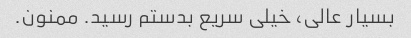
بسیار عالی، خیلی سریع بدستم رسید. ممنون.